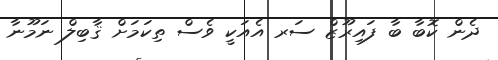
ދެން ކޮބާ ބާ ފައިރޫޒް ސަރ އެއަކީ ވެސް ތިކަމަށް ޤާބިލް ނަމޫނާ